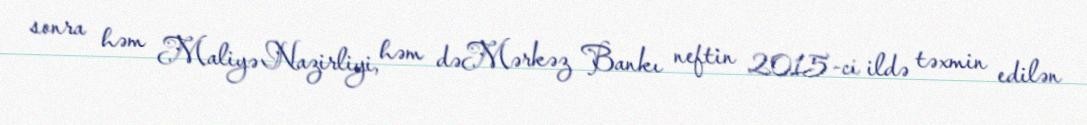
sonra həm Maliyə Nazirliyi, həm dəMərkəz Bankı neftin 2015-ci ildə təxmin edilən